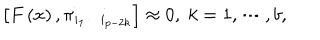
LaTeX: \left[ F \left( x \right) , \pi _ { i _ { 1 } \cdots i _ { p - 2 k } } \right] \approx 0 , \; k = 1 , \cdots , b ,